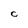
Character: C